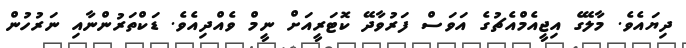
ދިޔައެވެ. މާލޭގެ އިޖީއެމްއެޗުގެ އަވަސް ފަރުވާދޭ ކޮޓަރީއަށް ނީމް ވެއްދިއެވެ. ޑަކްތަރުންނާއި ނަރުހުން